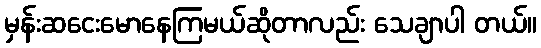
မှန်းဆငေးမောနေကြမယ်ဆိုတာလည်း သေချာပါ တယ်။